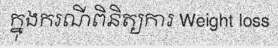
ក្នុងករណីពិនិត្យការ Weight loss